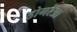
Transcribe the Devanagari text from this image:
डोगरेआ